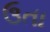
ઉતા